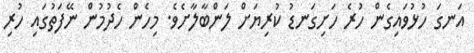
އަނގަ ހުޅުވައިގެން ހުރެ ހަށިގަނޑު ކުރިޔަށް ލަންބާލާށެވެ. މިހެން ހެދުމުން ނޭފަތުގައި ހުރި